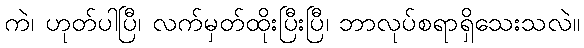
ကဲ၊ ဟုတ်ပါပြီ၊ လက်မှတ်ထိုးပြီးပြီ၊ ဘာလုပ်စရာရှိသေးသလဲ။